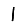
Digit: 1